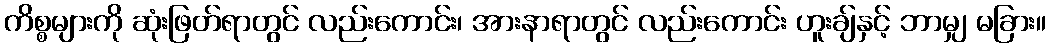
ကိစ္စများကို ဆုံးဖြတ်ရာတွင် လည်းကောင်း၊ အားနာရာတွင် လည်းကောင်း ဟူးချ်နှင့် ဘာမျှ မခြား။